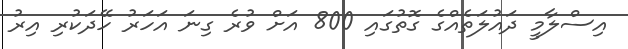
އިސްލާމީ ދައުލަތެއްގެ ގޮތުގައި 800 އަށް ވުރެ ގިނަ އަހަރު ހޭދަކުރި އިރު